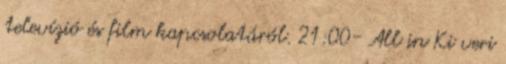
televízió és film kapcsolatáról. 21:00- All in Ki veri